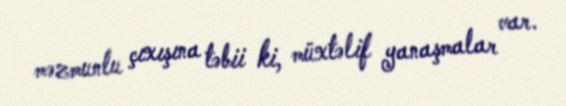
məzmunlu çıxışına təbii ki, müxtəlif yanaşmalar var.